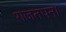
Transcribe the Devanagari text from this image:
राजतपन।